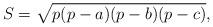
LaTeX: \begin{align*}S=\sqrt{p(p-a)(p-b)(p-c)},\end{align*}